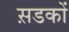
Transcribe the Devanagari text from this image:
स़डकों